Medical and sanitary report of the native army of Bengal for the year
Year: 1874
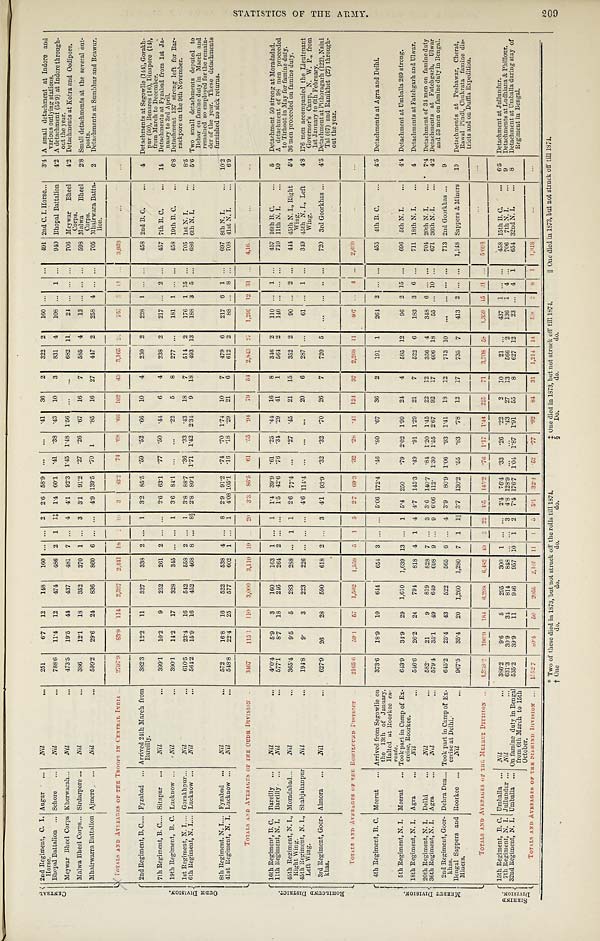
C E N T R A L 2 n d R e g i me n t , C . I . H o r s e .
A u g u r
Nil
2 5 1
6 · 7
1 2
1 4 8
1 6 0
. . . . . .
2 2 · 6
5 8 · 9
. . .
. . .
· 4 1
3 6
2
3 2 2
2
1 0 6
. . .
1 . . .
4 9 1
2 n d C . I . H o r s s e
3 · 4 A smal l det achment at I ndor e and var i ous out l yi ng st at i ons.
Bhopa l Ba t t a l i on
S e h o r e
Nil
7 8 8 · 6
1 1 · 4
1 2
4 7 4
4 8 6
2 1 1 ‡ 1 · 4
6 0 · 1
· 4 1
· 3 8
· 4 3
1 0
3
8 3 1
4
1 0 8
. . .
. . . . . .
9 4 0
B h o p a l B a t t a l i o n
4 · 2
A d e t a c h m e n t ( 5 5 · 9 ) a t I n d o r e t h r o u g h - o u t t h e y e a r .
Me y wa r Bh e e l Co r p s
K h e r w a r a h
N i l
4 7 3 · 5
1 9 · 5
4 4
4 3 7
4 8 1
7 . . .
4
4 · 1
9 2 · 3
1 · 4 5
1 · 4 8
1 · 5 6
. . . . . .
6 8 2
1 1
2 4 . . . . . . . . .
7 0 6
M e y w a r B h e e l C r o p s .
4 · 2
D e t a c h m e n t s a t K o t r a a n d O o d i p o r e .
Ma l wa Bh e e l Co r p s
S i r d a r p o r e
Nil
3 8 6
1 2 · 1
1 8
3 5 2
3 7 0
1 . . .
3 3 · 1
9 1 · 2
· 2 7
· 2 6
· 6 7
1 6
7
5 8 5
4
1 3 . . . . . . . . .
5 9 8
M a l w a B h e e l C o r p s .
2 · 8 Small detachments at the several out-posts.
Mh a i r wa r r a Ba t t a l i o n
A j m e r e
Nil
5 9 9 · 2
2 9 · 6
2 4
8 3 6
8 6 0
6 . . . . . .
4 · 9 1 3 9 · 5
· 7 0
1
· 8 5
1 6
2 7
4 4 7
2
2 5 8
4 . . . . . .
7 0 5
M h a i r w a r a B a t t a - l i o n .
2
D e t a c h m e n t s a t S u m b h u r a n d B e a w u r .
T O T A L S A N D A V E R A G E S O F T H E T R O O P S I N C E N T R A L I N D I A
2 7 9 7 · 9
8 3 · 9
1 1 4
2 , 3 2 7
2 , 4 4 1
1 8
1 1 0 3
3 3 · 2 · 7 4
· 6 8
· 6 6
1 0 2
4 3
3 , 1 6 5
2 3
7 5 7 5 1 1 . . .
3 , 9 3 3
. . .
. . .
O U D H D I V I S I O N . 2 n d Re g i me n t , B. C.
F y z a b a d
Ar r i v e d 2 4 t h Ma r c h f r o m Ba r e i l l y .
3 8 2 · 3
1 2 · 2
1 1
3 2 7
3 3 8
2 . . .
1 3 · 2
8 5 · 5
· 5 9
· 5 2
· 6 6
1 0
4
2 3 0 2 2 2 8
1 . . . . . .
4 5 8
2 n d B . C .
4 De t a c h me n t s a t S e g o wl i e ( 1 4 4 ) , Go r a k h - p u r ( 5 0 ) , Be n a r e s ( 1 6 ) , Di n a p o r e ( 1 4 ) , f r o m Ma r c h t o De c e mb e r .
7 t h Re g i me n t , B. C.
S i t a p u r
Nil
3 9 9 · 1
1 0 · 2
9
2 5 2
2 6 1
2 . . . . . .
2 · 6
6 3 · 1
· 7 7
· 5 0
· 4 4
6
4
2 3 8
2
2 1 7
. . .
2 . . .
4 5 7
7 t h B . C .
1 4
Det achment s at Fyzabad f r om 1s t J a- nuar y t o 3r d Apr i l .
1 9 t h Re g i me n t , B. C.
L u c k n o w
Nil
3 9 0 · 1
1 4 · 2
1 7
3 2 8
3 4 5
. . . . . .
1 3 · 6
8 4 · 1
. . .
. . .
· 2 2
5
8
2 7 7
. . .
1 8 1
1 . . . . . .
4 5 8
1 9 t h B . C .
6 · 8
D e t a c h m e n t s 1 3 7 s t r o n g l e f t f o r B a r - r a c k p o r e o n t h e 9 t h N o v e m b e r .
1 s t Re g i me n t , N. I .
G o r a k h p u r
N i l
6 1 0 · 5
2 3 · 4
1 6
5 4 2
5 5 8
2 . . .
1 3 · 8
8 8 · 7
· 3 6 · 3 3
· 4 3
1 8
7
5 1 4
2
1 7 6
1 1 5 . . .
7 0 5
1 s t N . I .
8 · 5
6 t h Re g i me n t , N. I .
L u c k n o w
N i l
5 6 4 · 2
1 5 · 9
1 6
4 5 2
4 6 8
8 . . .
8 § 2 · 8
8 0 · 1
1 · 7 1
1 · 4 2
2 · 3 4
9
1 8
4 9 3
1 3
1 8 8
3 5 . . .
6 8 6 6 t h N . I .
5 · 6 T w o s m a l l d e t c h m e n t s d e p u t e d t o B e h a r o n f a m i n e d u t y i n M a r c h a n d r e m a i n e d s o e m p l o y e d f o r t h e r e m i a n - d e r o f t h e y e a r . T h e s e d e t a c h m e n t s f u r n i s h e d n o s i c k r e t u r n s .
8 t h Re g i me n t , N. I .
F y z a b a d
Nil
5 7 2
1 6 · 8
1 6
5 2 2
5 3 8
4 . . .
8 2 · 9
9 1 · 2
· 7 4
· 7 0
1 · 7 4
1 0
7
4 7 9
6
2 1 7
6 1 . . .
6 9 7
8 t h N . I .
1 0 · 2
4 1 s t Re g i me n t , N. I .
L u c k n o w
Nil
5 4 8 · 8
2 2 · 4
2 5
5 7 7
6 0 2
1 . . .
1 4 · 0 8 1 0 5 · 1
· 1 6 · 1 8
· 2 9
2 1
6
6 1 2
2
8 8 . . .
8 . . .
7 0 8
4 1 s t N . I .
6 · 9
T O T A L S A N D A V E R A G E S O F T H E O U D H D I V I S I O N
3 4 6 7
1 1 5 · 1
1 1 0
3 , 0 0 0
3 , 1 1 0
1 9 . . .
2 0
3 · 3
8 6 · 5
· 6 1
· 5 5
· 9 4 7 9
5 4
2 , 8 4 3
2 7
1 , 2 9 5
1 2 3 1 . . .
4 , 1 6 9
...
. . .
R O H I L C U N D D I S T R I C T . 1 6 t h R e g i me n t , B . C .
B a r e i l l y
Nil
4 6 0 · 4
5 · 9
3
1 6 0
1 6 3
1 . . .
1 1 · 4
3 9 · 9
· 6 1
· 2 5 · 4 4
1 6
8
3 4 6
2
1 1 0
. . .
1 . . .
4 5 7
1 6 t h B . C .
5 Detachment 50 strong at Moradadad.
1 1 t h R e g i me n t , N. I .
B a r e i l l y
N i l
5 7 7 · 1
8 · 7
1 8
2 4 6
2 6 4
2 . . . . . .
1 · 5
4 2 · 6
· 7 6
· 3 4
· 2 9
4 1
1
5 6 4
2
1 4 6
. . . . . . . . .
7 1 0
1 1 t h N . I .
1 0
A de t a c hme nt of 98 me n pr oc e e de d t o Ti r hoot i n Ma y f or f a mi ne dut y.
4 5 t h R e g i m e n t , N . I . , R i g h t W i n g .
M o r a d a b a d
N i l
3 6 5 · 4
9 · 5
5
2 8 3
2 8 8
. . .
1 1
2 · 6
7 7 · 4
. . .
· 2 7
· 4 5
2 1
1 5
3 5 2
2
9 0 . . .
2 . . .
4 4 4
4 5 t h N . I . , R i g h t W i n g .
5 · 4
36 men proceeded on fami ne duty.
4 5 t h R e g i m e n t , N . I . , L e f t W i n g .
S h a h j a h a n p u r
Nil
1 9 4 · 8
9 ·
3
2 2 3
2 2 6
. . . . . . . . .
4 · 6 1 1 4 · 4
. . .
. . .
. . .
2 0
6
2 8 7
. . .
6 1 . . .
1 . . .
3 4 9
4 5 t h N . I . , L e f t W i n g .
4 · 8 1 7 6 me n a c c o mp a n i e d t h e L i e u t e n a n t Go v e r n o r ' s Ca mp , N. W. P . , f r o m 1 s t J a n u a r y t o 6 t h F e b r u a r y .
3 r d R e g i m e n t , G o o r - k h a s .
A l m o r a
Nil
6 2 7 · 9
2 6
2 8
5 9 0
6 1 8
2 . . .
3 4 · 1
9 3 · 9
· 3 2
· 3 2
· 7 0
2 6
7
7 2 0
5
. . .
. . .
. . . . . .
7 2 0
3 r d G o o r k h a s
4 · 5 De t a c h me n t a t P i t h o r a g a r h ( 1 2 2 ) , Na i n i Ta l ( 6 7 ) a n d Ra n i k h e t ( 2 7 ) t h r o u g h - o u t t h e y e a r .
T O T A L S A N D A V E R A G E S O F T H E R O H I L C U N D D I S T R I C T
2 1 6 5 · 6
5 9 · 1
5 7
1 , 5 0 2
1 , 5 5 9
5
1 5
2 · 7
6 9 · 3
· 3 2
· 2 8
· 4 1
1 2 4
3 7
2 , 2 6 9
1 1
4 0 7 . . . 4
. . .
2 , 6 8 0
...
. . .
M E R R U T D I V I S I O N . 4 t h R e g i me n t , B . C .
M e e r u t
A r r i v e d f r o m S e g o w l i e o n t h e 1 3 t h o f J a n u a r y . H a l t e d a t R o o r k e e e n - r o u t e .
3 7 3 · 6
1 8 · 9
1 0
6 4 4
6 5 4
3 . . . . . . 5 · 0 6
1 7 2 · 4
· 4 6
· 8 0
· 6 7
3 6
2
1 9 1
1
2 6 4
2 . . . . . .
4 5 5
4 t h N . I .
4 · 5 Det achment s at Agra and Del hi .
5 t h R e g i me n t , N . I .
M e e r u t
T o o k p a r t i n Ca mp o f E x - e r c i s e , Ro o r k e e .
6 4 3 · 9
3 4 · 9
2 9
1 , 6 1 0
1 , 6 3 9
1 3 . . .
1 5 · 4
2 5 0
· 7 9
2 · 0 2
1 · 9 9
2 4
4
5 8 5
1 2
9 6
2 1 5 . . .
6 9 6
5 t h N . I .
4 · 4 Det achment s at Umbal l a 289 st rong.
1 8 t h R e g i me n t , N. I .
A g r a
N i l
5 4 6 · 6
2 6 · 2
2 4
7 9 4
8 1 8
4 1 4 4 · 7
1 4 5 · 3
· 4 9
· 9 1
1 · 2 9
2 1
7
5 2 2
6
1 8 3
3 6 . . .
7 1 1
1 8 t h N . I .
4 Detachments at Fatehgarh and Ulwar.
2 0 t h R e g i me n t , N. I .
D e l h i
Nil
5 8 2 ·
2 1
9
8 1 9
8 2 8
7 . . .
3 3 · 6
1 4 0 · 7
· 8 4
1 · 2 0
1 · 4 5
2 2
1 2
3 5 6
4
3 4 8
6 . . . . . .
7 0 4
2 0 t h N . I .
7 · 4
Detachment of 34 men on famine duty
3 6 t h R e g i me n t , N. I .
A g r a
Nil
5 7 9 · 4
3 5 · 1
4 9
6 4 9
6 9 8
9 . . .
9 6 · 0 6
1 1 2 ·
1 · 3 0
1 · 5 5
2 · 6 7
9 2
1 7
6 0 6
1 8
5 5 . . . 1 0 . . .
6 7 1
3 6 t h N . I .
4 · 2 De t a c hme nt s a t Fa t e hga r h, Ul wa r a nd 53 me n on f a mi ne dut y i n Be nga l .
2 n d R e g i m e n t , G o o r - k h a s .
D e h r a D u n
To o k p a r t i n Ca mp o f Ex - e r c i s e a t De l h i .
6 4 5 · 2
2 5 · 4
4 3
5 2 2
5 6 5
6 . . .
4 3 · 9
8 0 · 9
1 · 0 6
· 9 3
1 · 4 1
1 8
1 2
7 1 3
1 0
. . .
. . . . . . . . .
7 1 3
2 n d G o o r k h a s
9
B e n g a l S a p p e r s a n d Mi n e r s .
R o o r k e e
Nil
9 6 7 · 5
3 5 · 4
2 0
1 , 2 6 0
1 , 2 8 0
7 1 1
║
3 · 7
1 3 0 · 2
· 5 5
· 8 3
· 7 8
1 2
1 7
7 3 5
7
4 1 3
2 . . . . . .
1 , 1 4 8
S a p p e r s & M i n e r s
1 0
De t a c h me n t s a t P e s h a wa r , C h e r a t , R a wa l , P i n d i , C h u k r a t a f a mi n e d i s - t r i c t a n d o n Du f f l a E x p e d i t i o n .
T O T A L S A N D A V E R A G E S O F T H E M E E R U T D I V I S I O N
4 , 3 3 8 · 2
1 9 6 · 9
1 8 4
6 , 2 9 8
6 , 4 8 2
4 9 2
2 2
4 · 5
1 4 5 · 2
· 7 6
1 · 1 7
1 · 4 4
2 2 5
7 1
3 , 7 0 8
5 8
1 , 3 5 9
1 5 3 1 . . .
5 , 0 9 8
...
. . .
S I R H I N D D I V I S I O N . 15t h Re gi me nt , B. C.
U m b a l l a
Nil
3 8 6 · 2
9 · 6
5
2 9 5
3 0 0
1 . . . . . .
2 · 4
7 6 · 4
· 3 3
· 2 6
· 2 2
2
1 0
2 1 . . .
4 3 7
1 . . . . . .
4 5 8
1 5 t h B . C .
6 · 5
Det achment at J ul l undur .
7 t h Re g i me n t , N. I .
J u l l u n d u r
Nil
6 3 1 · 3
3 0 · 9
3 4
8 1 4
8 4 8
. . . . . .
3 4 · 8 1 2 8 · 9
. . .
. . .
· 4 3
2 7
1 3
5 6 6
2
1 3 6
1 4 . . .
7 0 6
7 t h N . I .
9
Detachments at Ludhiana & Phillour.
3 2 n d R e g i me n t , N. I .
U m b a l l a
O n f a m i n e d u t y i n B e n g a l f r o m 6 t h M a r c h t o 1 5 t h O c t o b e r .
5 3 5 · 2
3 9 · 9
1 1
9 4 6
9 5 7
1 0
1 2 7 · 4 1 7 6 · 7
1 · 0 4
1 · 8 7
1 · 9 1
5 5
8
6 2 7
1 2
2 3 . . .
4 1
6 5 4
3 2 n d N . I .
8
Det achmet at Umbal l a dur i ng st ay of Regi ment i n Bengal .
T O T A L S A N D A V E R A G E S O F T H E S I R H I N D D I V I S I O N
1 5 5 2 · 7
8 0 · 4
5 0
2 0 5 5
2 , 1 0 5
1 1 1
5 5 · 1
3 2 · 4
· 5 2
· 7 7
· 9 2
8 4
3 1
1 , 2 1 4
1 4 5 9 6
2
8 1
1 , 8 1 8
...
. . .
† O n e d o . d o . d o . d o .
§ D o . d o . d o .
S T A T I S T I C S O F T H E A R M Y 2 0 9